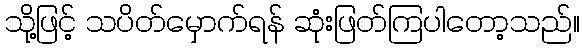
သို့ဖြင့် သပိတ်မှောက်ရန် ဆုံးဖြတ်ကြပါတော့သည်။